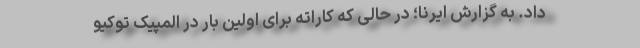
داد. به گزارش ایرنا؛ در حالی که کاراته برای اولین بار در المپیک توکیو